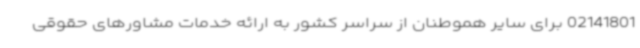
02141801 برای سایر هموطنان از سراسر کشور به ارائه خدمات مشاورهای حقوقی